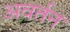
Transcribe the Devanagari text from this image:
अवर्तन